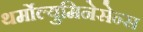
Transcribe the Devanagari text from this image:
थर्मोल्युमिनेसेन्स